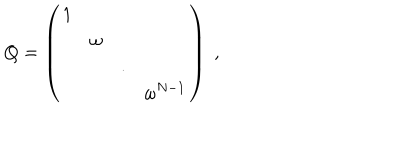
LaTeX: Q = \left( \begin{array} { c c c c } { { 1 } } & { { } } & { { } } & { { } } \\ { { } } & { { \omega } } & { { } } & { { } } \\ { { } } & { { } } & { { . } } & { { } } \\ { { } } & { { } } & { { } } & { { \omega ^ { N - 1 } } } \\ \end{array} \right) \; , \; \; \;